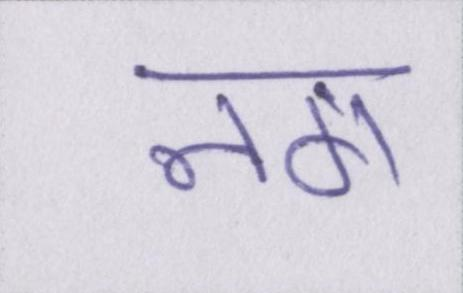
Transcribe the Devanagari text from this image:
नग